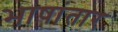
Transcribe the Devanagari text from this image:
भाषांतार